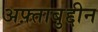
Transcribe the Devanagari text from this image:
अफ़्ताबुद्दीन